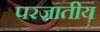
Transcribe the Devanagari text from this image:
परजातीय